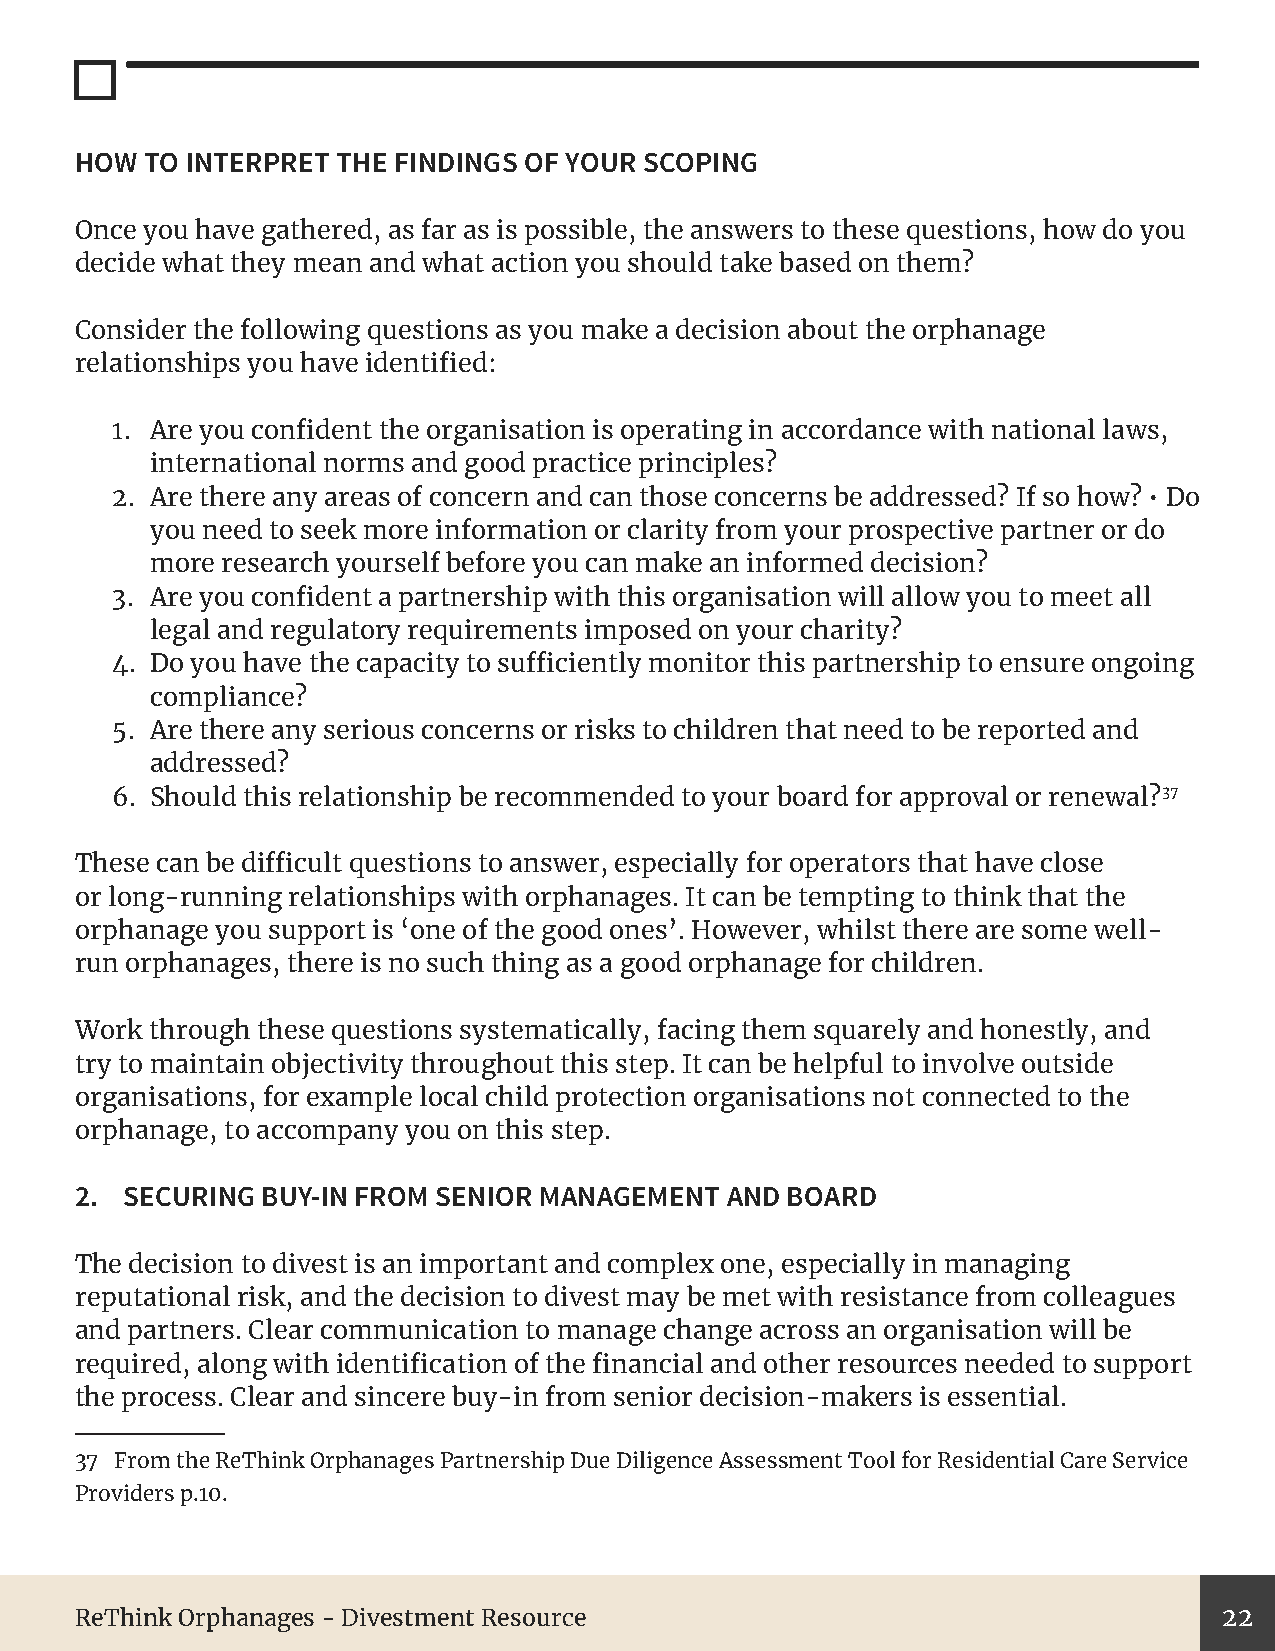
HOW  TO INTERPRET THE FINDINGS OF YOUR SCOPING
 Once you have gathered, as far as is possible, the answers to these questions, how do you
 decide what they mean and what action you should take based on them?
 Consider the following questions as you make a decision about the orphanage
 relationships you have identified:
 1. Are you confident the organisation is operating in accordance with national laws,
 international norms and good practice principles?
 2. Are there any areas of concern and can those concerns be addressed? If so how? • Do
 you need to seek more information or clarity from your prospective partner or do
 more research yourself before you can make an informed decision?
 3. Are you confident a partnership with this organisation will allow you to meet all
 legal and regulatory requirements imposed on your charity?
 4. Do you have the capacity to sufficiently monitor this partnership to ensure ongoing
 compliance?
 5. Are there any serious concerns or risks to children that need to be reported and
 addressed?
 6. Should this relationship be recommended to your board for approval or renewal?37
 These can be difficult questions to answer, especially for operators that have close
 or long-running relationships with orphanages. It can be tempting to think that the
 orphanage you support is ‘one of the good ones’. However, whilst there are some well-
 run orphanages, there is no such thing as a good orphanage for children.
 Work through these questions systematically, facing them squarely and honestly, and
 try to maintain objectivity throughout this step. It can be helpful to involve outside
 organisations, for example local child protection organisations not connected to the
 orphanage, to accompany you on this step.
 2. SECURING BUY-IN FROM SENIOR MANAGEMENT  AND BOARD
 The decision to divest is an important and complex one, especially in managing
 reputational risk, and the decision to divest may be met with resistance from colleagues
 and partners. Clear communication to manage change across an organisation will be
 required, along with identification of the financial and other resources needed to support
 the process. Clear and sincere buy-in from senior decision-makers is essential.
 37 From the ReThink Orphanages Partnership Due Diligence Assessment Tool for Residential Care Service
 Providers p.10.
 ReThink Orphanages - Divestment Resource                                    22